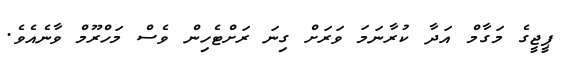
ޕީޖީގެ މަގާމް އަދާ ކުރާނަމަ ވަރަށް ގިނަ ރަށްޓެހިން ވެސް މަހްރޫމް ވާނެއެވެ.